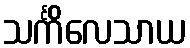
သင်္ကိလေသာယ